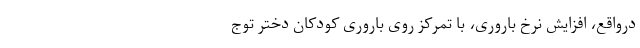
درواقع، افزایش نرخ باروری، با تمرکز رویِ باروریِ کودکانِ دختر توج